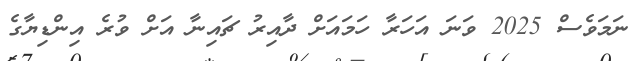
ނަމަވެސް 2025 ވަނަ އަހަރާ ހަމައަށް ދާއިރު ޗައިނާ އަށް ވުރެ އިންޑިޔާގެ